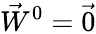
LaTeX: \vec{W}^{0}=\vec{0}